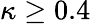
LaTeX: \kappa\geq 0.4